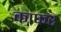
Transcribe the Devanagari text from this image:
काफर